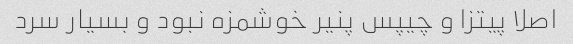
اصلا پیتزا و چیپس پنیر خوشمزه نبود و بسیار سرد